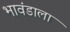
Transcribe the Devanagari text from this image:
भावंडाला